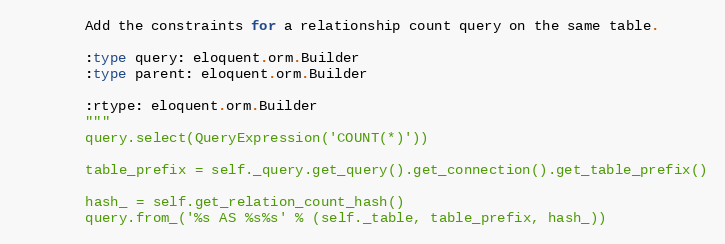
Language: Python
        Add the constraints for a relationship count query on the same table.

        :type query: eloquent.orm.Builder
        :type parent: eloquent.orm.Builder

        :rtype: eloquent.orm.Builder
        """
        query.select(QueryExpression('COUNT(*)'))

        table_prefix = self._query.get_query().get_connection().get_table_prefix()

        hash_ = self.get_relation_count_hash()
        query.from_('%s AS %s%s' % (self._table, table_prefix, hash_))